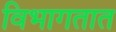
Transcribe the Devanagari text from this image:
विभागतात